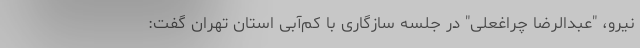
نیرو، "عبدالرضا چراغعلی" در جلسه سازگاری با کم‌آبی استان تهران گفت: